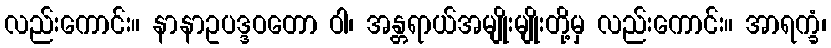
လည်းကောင်း။ နာနာဥပဒ္ဒဝတော ဝါ၊ အန္တရာယ်အမျိုးမျိုးတို့မှ လည်းကောင်း။ အာရက္ခံ၊